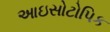
આઇસોટોપિક